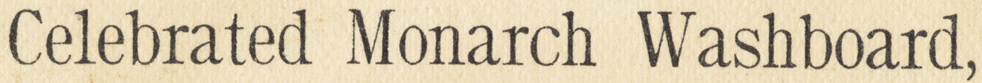
Celebrated Monarch Washboard,